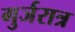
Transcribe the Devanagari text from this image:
गुर्जरात्र